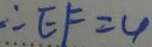
\therefore E F = 4